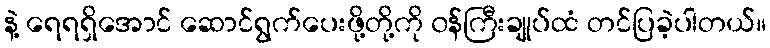
နဲ့ ရေရရှိအောင် ဆောင်ရွက်ပေးဖို့တို့ကို ၀န်ကြီးချုပ်ထံ တင်ပြခဲ့ပါတယ်။